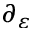
\partial _ { \varepsilon }